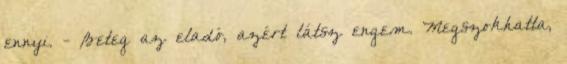
ennyi. - Beteg az eladó, azért látsz engem. Megszokhatta,